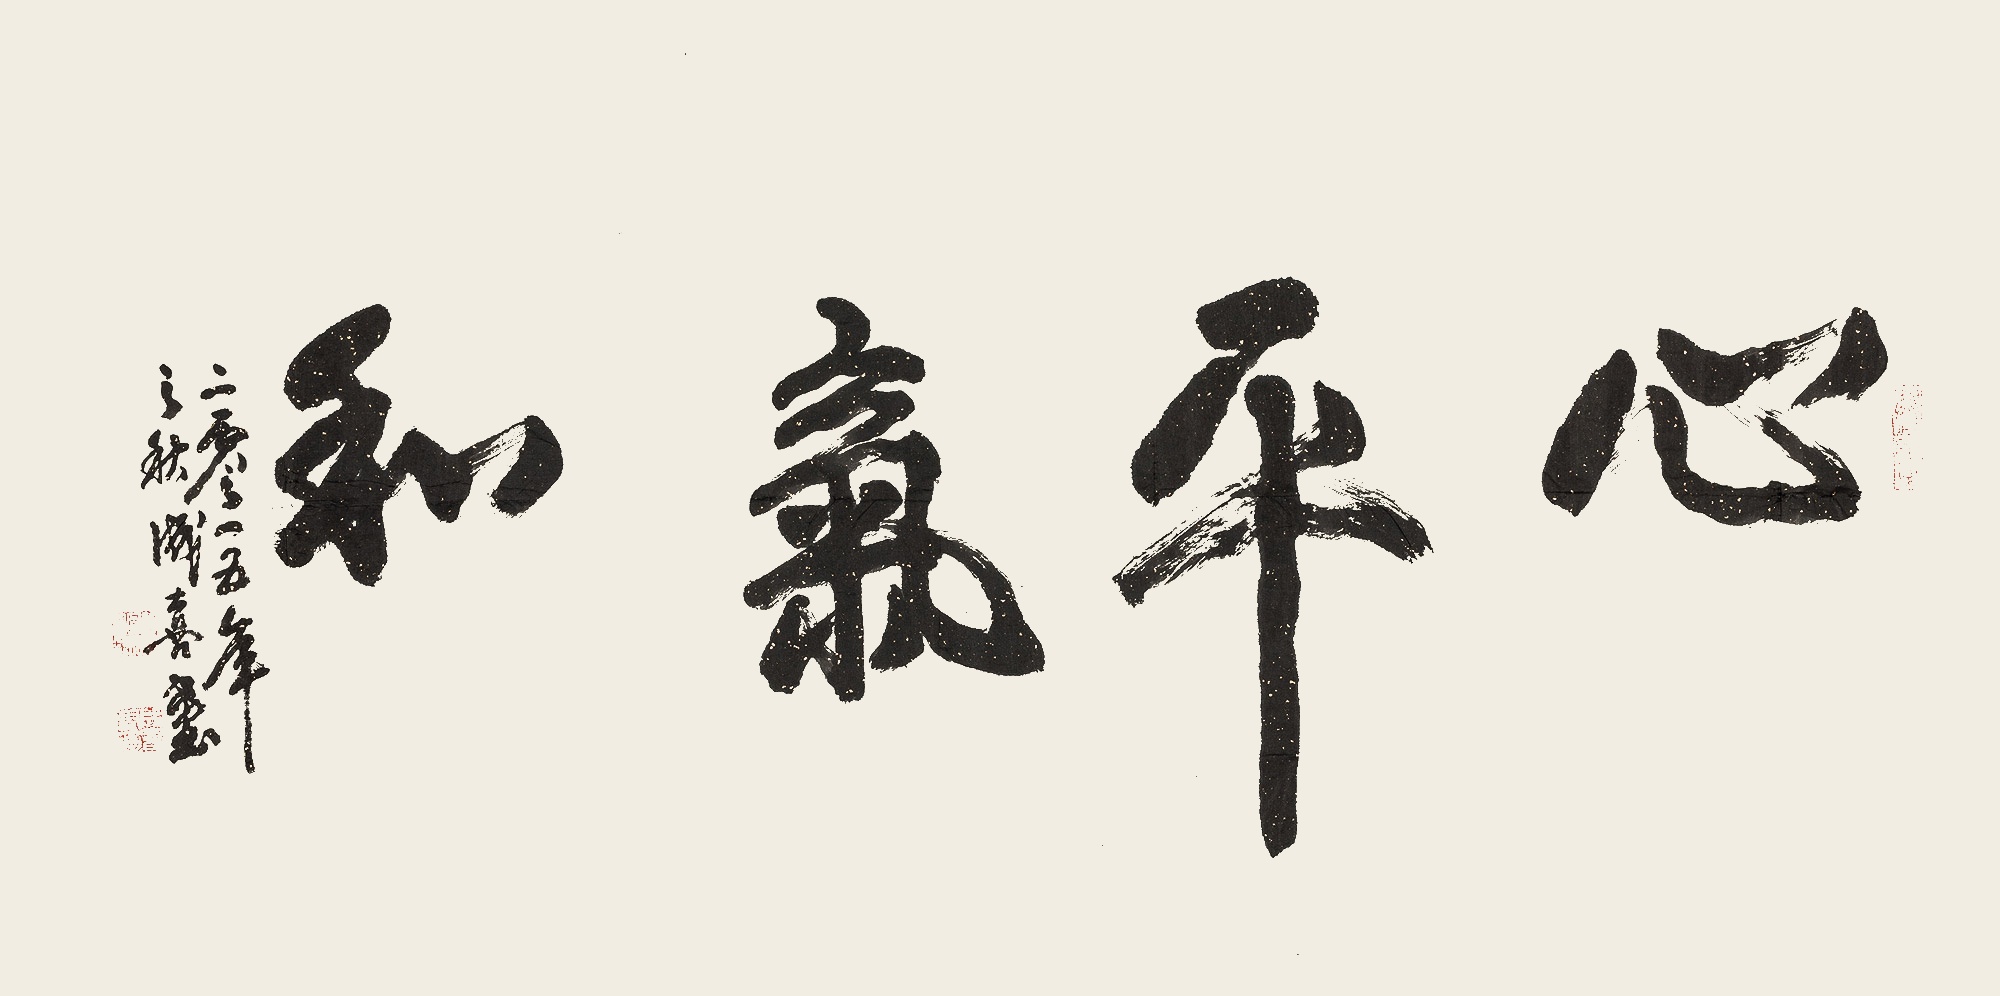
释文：心平气和二〇一五年之秋，成喜画。